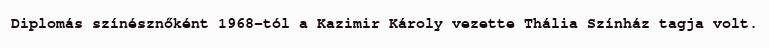
Diplomás színésznőként 1968-tól a Kazimir Károly vezette Thália Színház tagja volt.